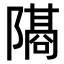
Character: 𫕕